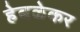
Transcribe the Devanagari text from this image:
हेबळेकर